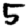
Digit: 5